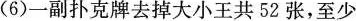
(6)一副扑克牌去掉大小王共52张，至少